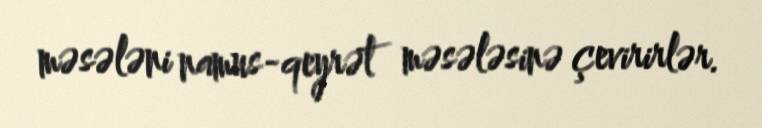
məsələni namus-qeyrət məsələsinə çevirirlər.